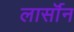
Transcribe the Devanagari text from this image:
लार्सॉन